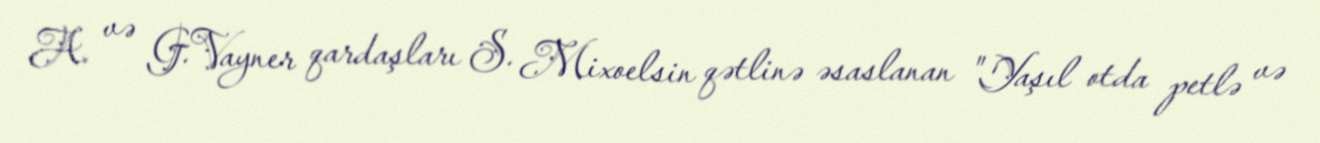
A. və G.Vayner qardaşları S. Mixoelsin qətlinə əsaslanan "Yaşıl otda petlə və